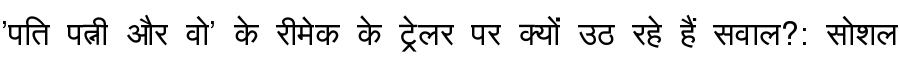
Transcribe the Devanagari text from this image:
'पति पत्नी और वो' के रीमेक के ट्रेलर पर क्यों उठ रहे हैं सवाल?: सोशल